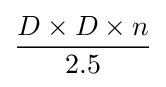
{\frac {D\times D\times n}{2.5}}